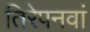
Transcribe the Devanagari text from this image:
तिरेपनवां